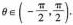
θ∈(- \frac{π}{2}, \frac{π}{2}).